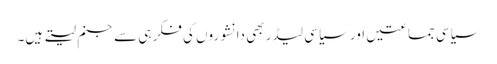
سیاسی جماعتیں اور سیاسی لیڈر بھی دانشوروں کی فکر ہی سے جنم لیتے ہیں۔